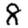
Digit: 8